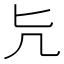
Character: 𠘩